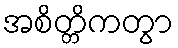
အစိတ္တိကတွာ